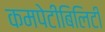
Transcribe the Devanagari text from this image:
कमपेटीबिलिटी